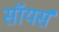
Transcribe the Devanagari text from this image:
सॉयर्स